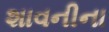
શાવનીના